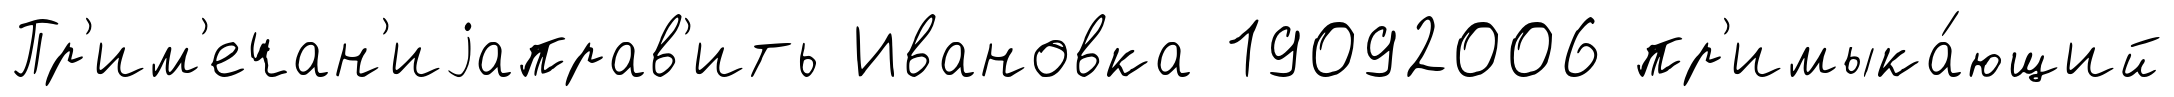
Пр'им'ечан'иjаправ'ить Ивановка 19092006 пр'имыка́ющий